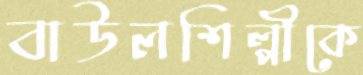
বাউলশিল্পীকে